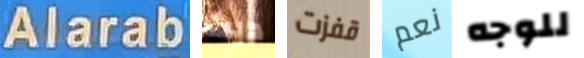
Alarab ديث قفزت نعم للوجه